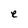
Character: e